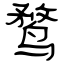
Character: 鹜